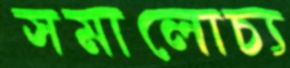
সমালোচ্য